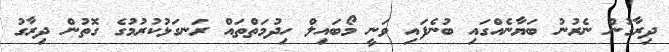
ދިރާގުން ނެރުނު ބަޔާނެއްގައި ބުނެފައި ވަނީ މޯބައިލް ހިދުމަތްތައް ރަނގަޅުކުރުމުގެ ގޮތުން ދިރާގު